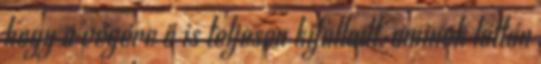
hogy a végére ő is teljesen kifulladt, aminek láttán